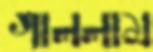
গাললাম